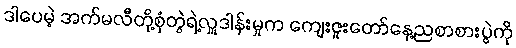
ဒါပေမဲ့ အက်မလီတို့စုံတွဲရဲ့လှူဒါန်းမှုက ကျေးဇူးတော်နေ့ညစာစားပွဲကို